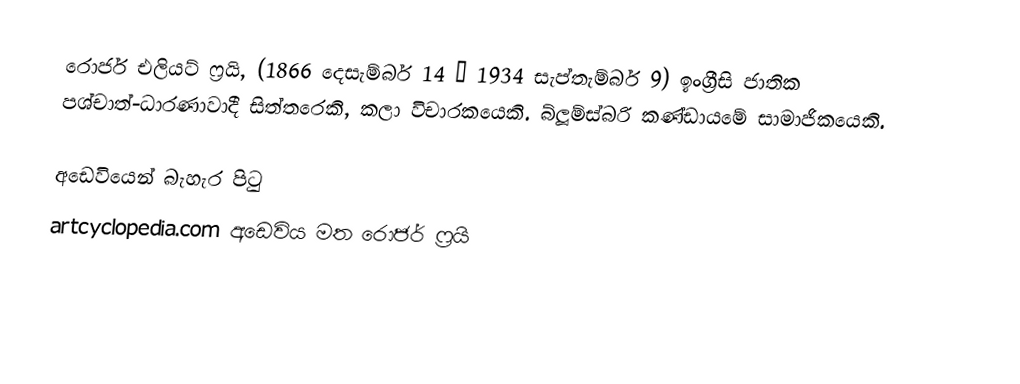
රොජර් එලියට් ෆ්‍රයි, (1866 දෙසැම්බර් 14 – 1934 සැප්තැම්බර් 9) ඉංග්‍රීසි ජාතික පශ්චාත්-ධාරණාවාදී සිත්තරෙකි, කලා විචාරකයෙකි. බ්ලූම්ස්බරි කණ්ඩායමේ සාමාජිකයෙකි.

අඩෙවියෙන් බැහැර පිටු
artcyclopedia.com අඩෙවිය මත රොජර් ෆ්‍රයි